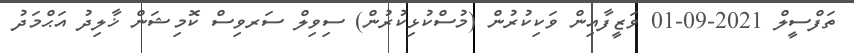
ތަފްސީލް 2021-09-01 ވަޒީފާއިން ވަކިކުރުން (މުސްކުޅިކުރުން) ސިވިލް ސަރވިސް ކޮމިޝަން ޚާލިދު އަޙްމަދު